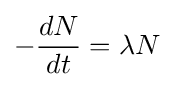
-{\frac {dN}{dt}}=\lambda N